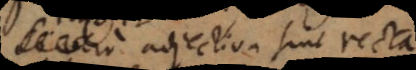
et adjectiva sint recta